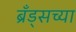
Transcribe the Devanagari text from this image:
ब्रँड्सच्या